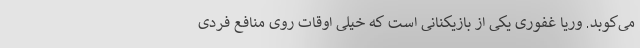
می‌کوبد. وریا غفوری یکی از بازیکنانی است که خیلی اوقات روی منافع فردی